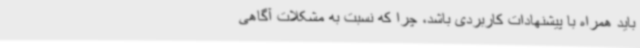
باید همراه با پیشنهادات کاربردی باشد، چرا که نسبت به مشکلات آگاهی